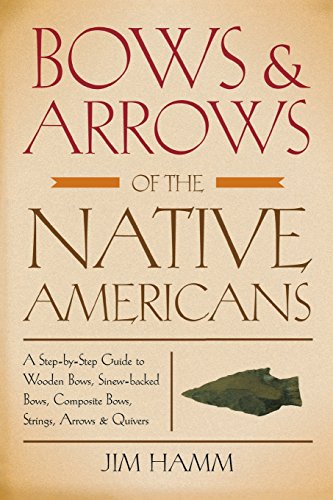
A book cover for Bows & Arrows of the Native Americans: A Step-By-Step Guide To Wooden Bows, Sinew-Backed Bows, Composite Bows, Strings, Arrows & Quivers; Jim Hamm; Sports & Outdoors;